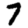
Digit: 7